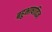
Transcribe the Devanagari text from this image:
बहुभाषाविज्ञ